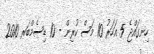
ހިނގައްޖެ 5 އަހަރު 10 މަސް ކުރިން - 10 ޑިސެމްބަރ 2010